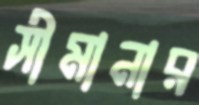
সীমানার